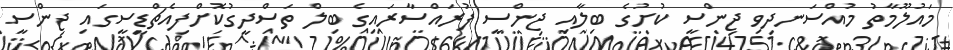
މައުލޫމާތު މުއްސަނދިވި ޖިންސީ ކުށުގެ ބިލާއި ޖިންސީ ފުރައްސާރައިގެ ބިލް ތަސްދީގުކޮށްފިއެޗްޑީސީގައި ޖިންސީ